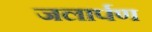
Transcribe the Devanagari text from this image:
जलार्पण